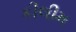
કીલીમ